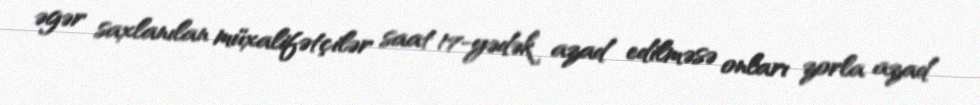
əgər saxlanılan müxalifətçilər saat 17-yədək azad edilməsə onları zorla azad